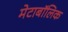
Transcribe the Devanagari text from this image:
मेटाबॉलिक